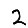
Digit: 2